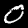
Label: 0